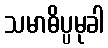
သမာဓိပ္ပမုခါ